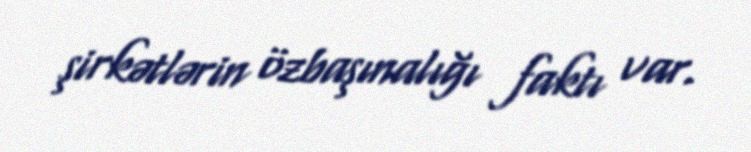
şirkətlərin özbaşınalığı faktı var.